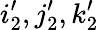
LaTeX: i_{2}^{\prime},j_{2}^{\prime},k_{2}^{\prime}